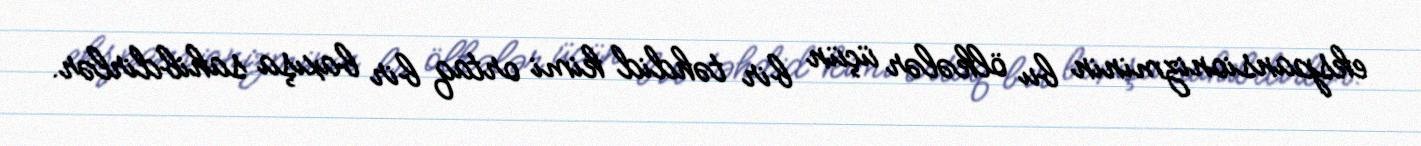
ekspansionizminin bu ölkələr üçün bir təhdid kimi ortaq bir baxışa sahibdirlər.